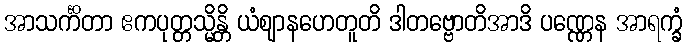
အာသင်္ကိတာ ဧကပုတ္တသ္မိန္တိ ယံဈာနဟေတူတိ ဒါတဗ္ဗောတိအာဒိ ပဏ္ဏေန အာရက္ခံ